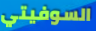
السوفيتي